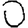
Digit: 0